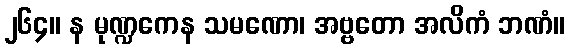
၂၆၄။ န မုဏ္ဍကေန သမဏော၊ အဗ္ဗတော အလိကံ ဘဏံ။